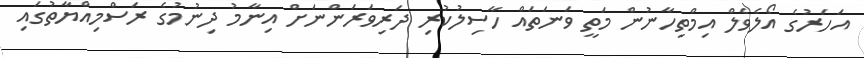
އަހަރުގެ އޯލެވެލް އިމްތިހާނުން މަތީ ވަނަތައް ހާސިލުކުރި ދަރިވަރަންނަށް އިނާމު ދިނުމުގެ ރަސްމިއްޔާތުގައި